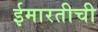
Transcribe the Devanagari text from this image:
ईमारतीची